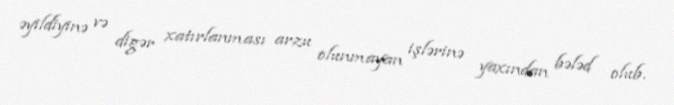
əyildiyinə və digər xatırlanması arzu olunmayan işlərinə yaxından bələd olub.